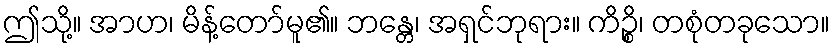
ဤသို့။ အာဟ၊ မိန့်တော်မူ၏။ ဘန္တေ၊ အရှင်ဘုရား။ ကိဉ္စိ၊ တစုံတခုသော။